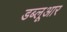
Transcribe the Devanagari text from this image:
डब्लूआर